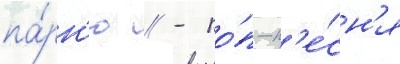
па́рн'ю // - по́п-п'е́сн'я